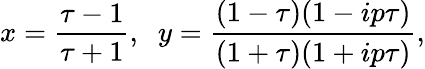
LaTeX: x=\frac{\tau-1}{\tau+1},\; \; y=\frac{(1-\tau)(1-ip\tau)}{(1+\tau)(1+ip\tau)},